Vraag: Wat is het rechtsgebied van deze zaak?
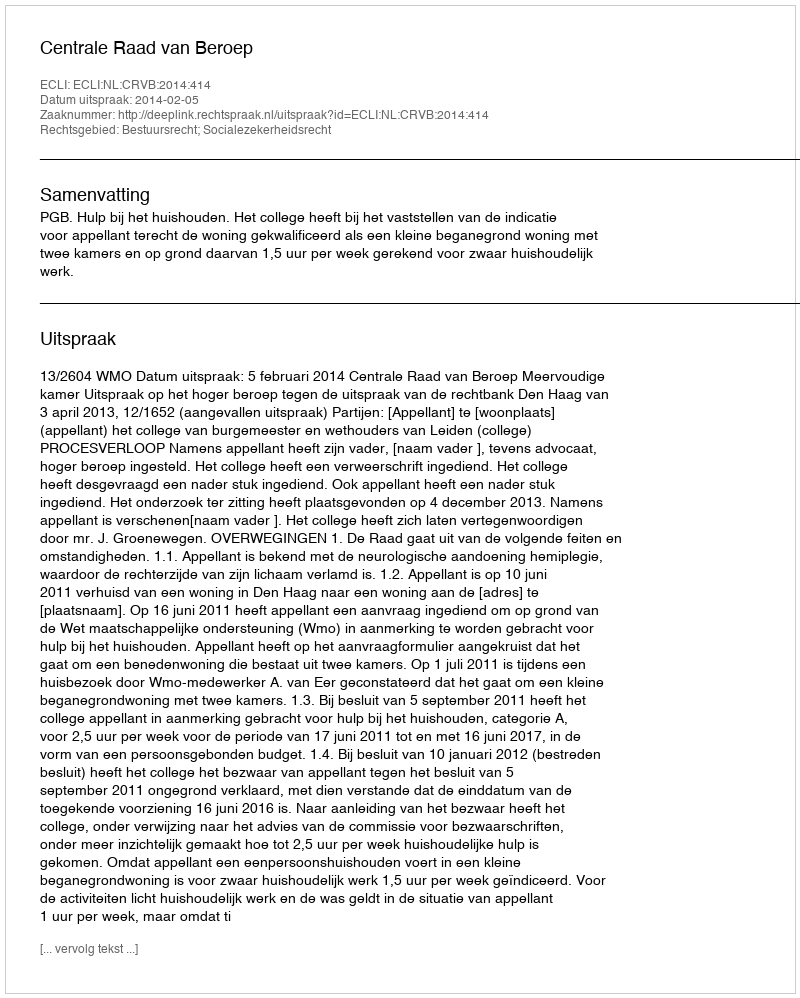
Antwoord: Bestuursrecht; Socialezekerheidsrecht